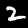
Digit: 2